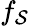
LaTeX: f_{\mathcal{S}}